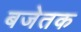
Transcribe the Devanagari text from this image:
बजेतक